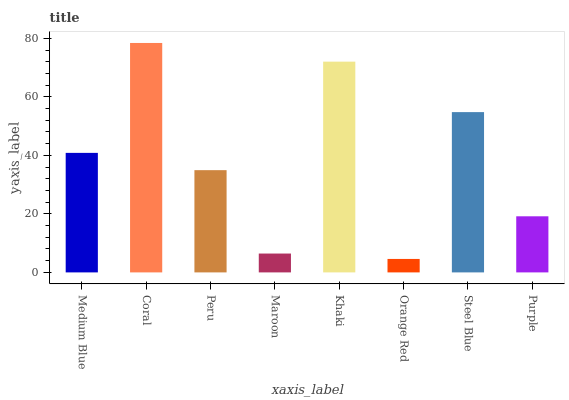
| xaxis_label | bars |
 | --- | --- |
 | Medium Blue | 40.9 |
 | Coral | 78.4 |
 | Peru | 35 |
 | Maroon | 6.45 |
 | Khaki | 72 |
 | Orange Red | 4.6 |
 | Steel Blue | 54.8 |
 | Purple | 19.2 |